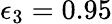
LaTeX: \epsilon_{3}=0.95